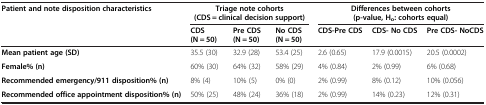
<table><thead><tr><td><b>Patient and note disposition characteristics</b></td><td colspan="3"><b>Triage note cohorts (CDS = clinical decision support)</b></td><td colspan="3"><b>Differences between cohorts (p-value, H<sub>o</sub>: cohorts equal)</b></td></tr><tr><td><b> </b></td><td><b>CDS (N = 50)</b></td><td><b>Pre CDS (N = 50)</b></td><td><b>No CDS (N = 50)</b></td><td><b>CDS-Pre CDS</b></td><td><b>CDS- No CDS</b></td><td><b>Pre CDS- NoCDS</b></td></tr></thead><tbody><tr><td><b>Mean patient age (SD)</b></td><td>35.5 (30)</td><td>32.9 (28)</td><td>53.4 (25)</td><td>2.6 (0.65)</td><td>17.9 (0.0015)</td><td>20.5 (0.0002)</td></tr><tr><td><b>Female% (n)</b></td><td>60% (30)</td><td>64% (32)</td><td>58% (29)</td><td>4% (0.84)</td><td>2% (0.99)</td><td>6% (0.68)</td></tr><tr><td><b>Recommended emergency/911 disposition% (n)</b></td><td>8% (4)</td><td>10% (5)</td><td>0% (0)</td><td>2% (0.99)</td><td>8% (0.12)</td><td>10% (0.056)</td></tr><tr><td><b>Recommended office appointment disposition% (n)</b></td><td>50% (25)</td><td>48% (24)</td><td>36% (18)</td><td>2% (0.99)</td><td>14% (0.23)</td><td>12% (0.31)</td></tr></tbody></table>